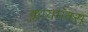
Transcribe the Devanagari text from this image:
क्लायमॅक्स